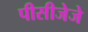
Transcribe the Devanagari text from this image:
पीसीजेजे